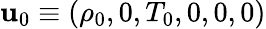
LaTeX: {\boldsymbol{\mathbf{u}}}_{0}\equiv(\rho_{0},0,T_{0},0,0,0)